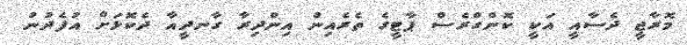
މޮރާޖީ ދެސާއީ އަކީ ކޮންގްރެސް ޕާޓީގެ ތެރެއިން އިންދިރާ ގާނދީއާ ދެކޮޅަށް އުފެދުނު